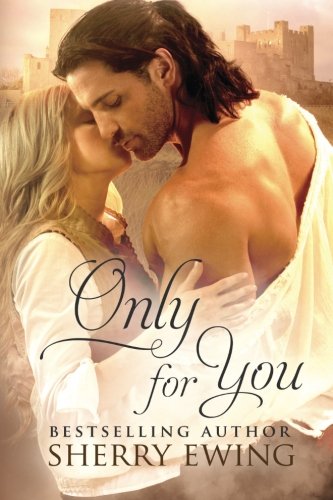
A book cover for Only for You; Sherry Ewing; Romance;